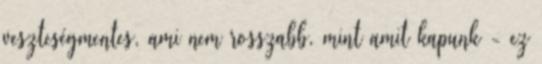
veszteségmentes, ami nem rosszabb, mint amit kapunk - ez